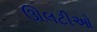
ઊલટીઓ